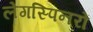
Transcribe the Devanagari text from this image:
लेगस्पिनरों